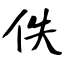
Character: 佚